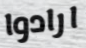
ارادوا